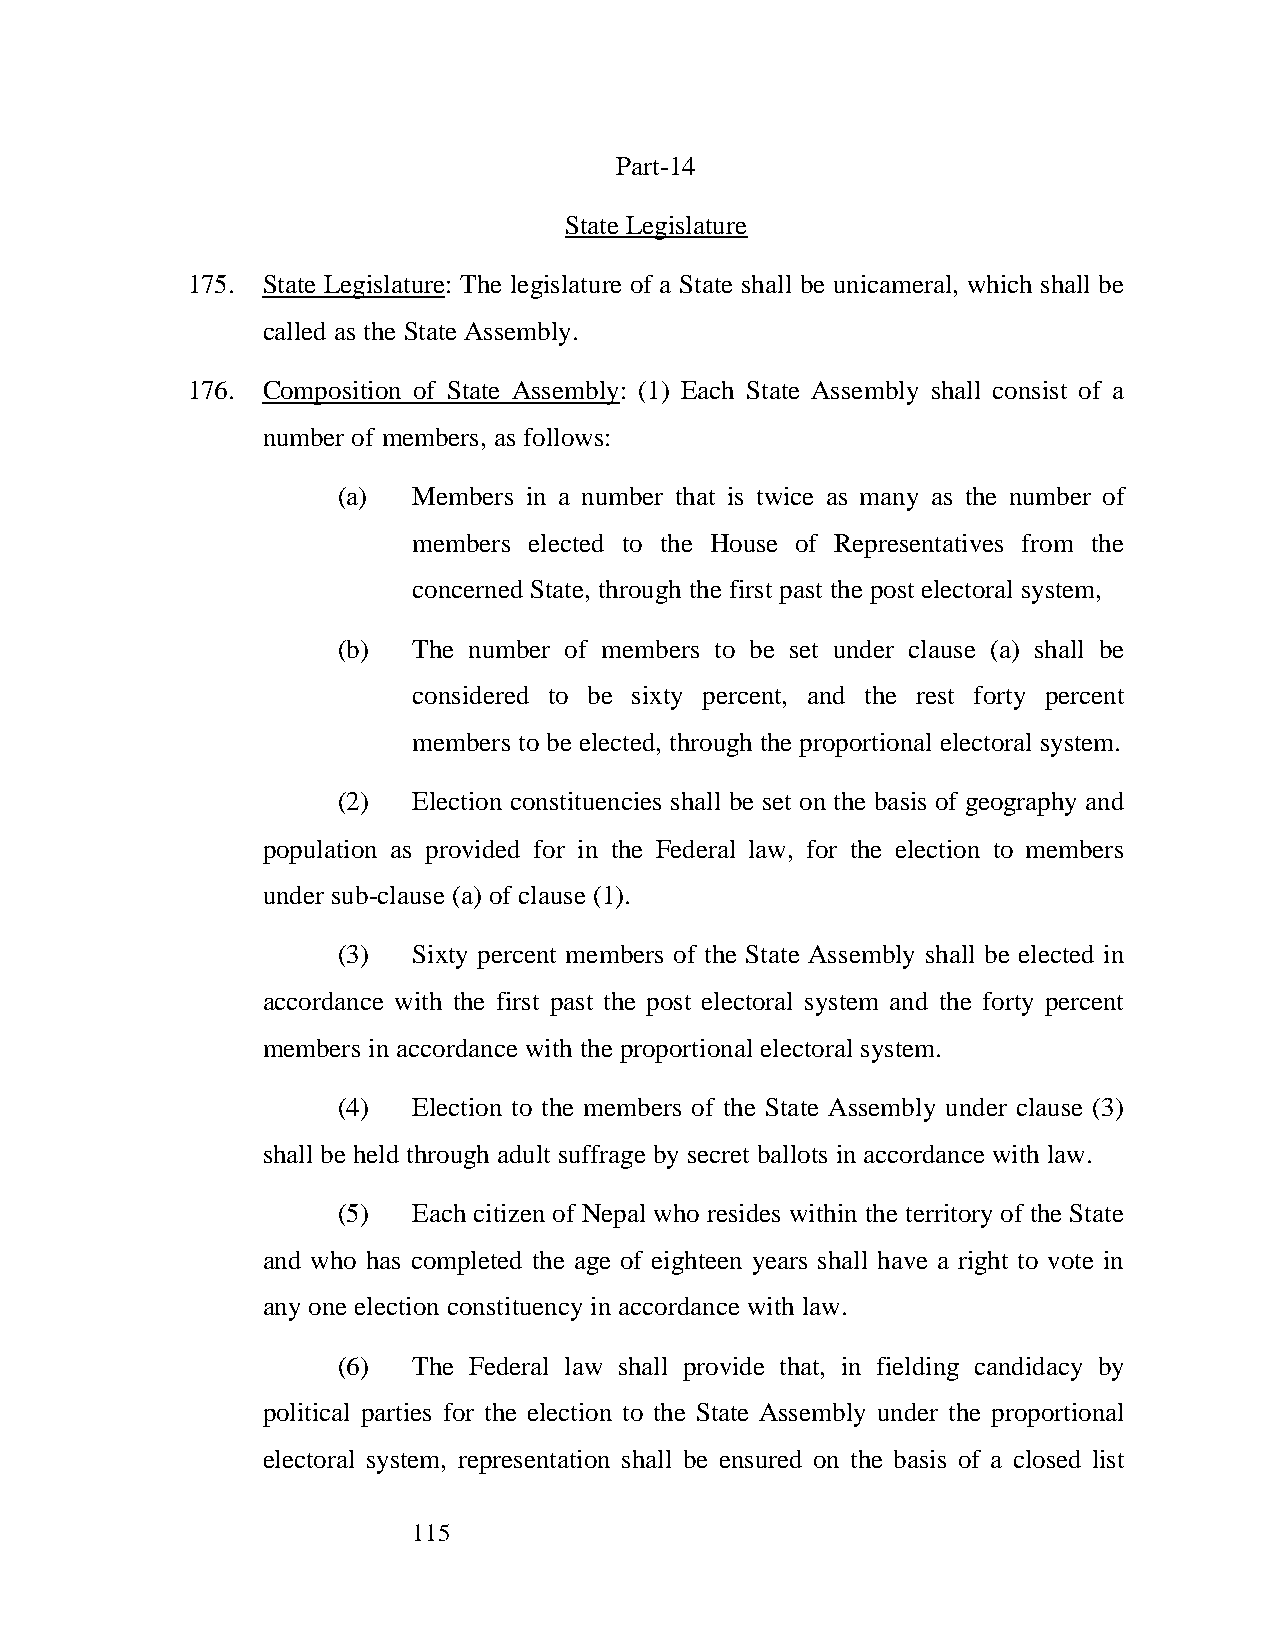
Part-14
 State Legislature
 175. State Legislature: The legislature of a State shall be unicameral, which shall be
 called as the State Assembly.
 176. Composition of State Assembly: (1) Each State Assembly shall consist of a
 number of members, as follows:
 (a)  Members in a number that is twice as many as the number of
 members elected to the House of Representatives from the
 concerned State, through the first past the post electoral system,
 (b)  The number of members to be set under clause (a) shall be
 considered to be sixty percent, and the rest forty percent
 members to be elected, through the proportional electoral system.
 (2)  Election constituencies shall be set on the basis of geography and
 population as provided for in the Federal law, for the election to members
 under sub-clause (a) of clause (1).
 (3)  Sixty percent members of the State Assembly shall be elected in
 accordance with the first past the post electoral system and the forty percent
 members in accordance with the proportional electoral system.
 (4)  Election to the members of the State Assembly under clause (3)
 shall be held through adult suffrage by secret ballots in accordance with law.
 (5)  Each citizen of Nepal who resides within the territory of the State
 and who has completed the age of eighteen years shall have a right to vote in
 any one election constituency in accordance with law.
 (6)  The Federal law shall provide that, in fielding candidacy by
 political parties for the election to the State Assembly under the proportional
 electoral system, representation shall be ensured on the basis of a closed list
 115